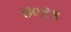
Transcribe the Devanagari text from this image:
७०९९